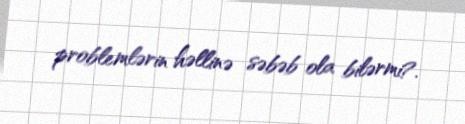
problemlərin həllinə səbəb ola bilərmi?.